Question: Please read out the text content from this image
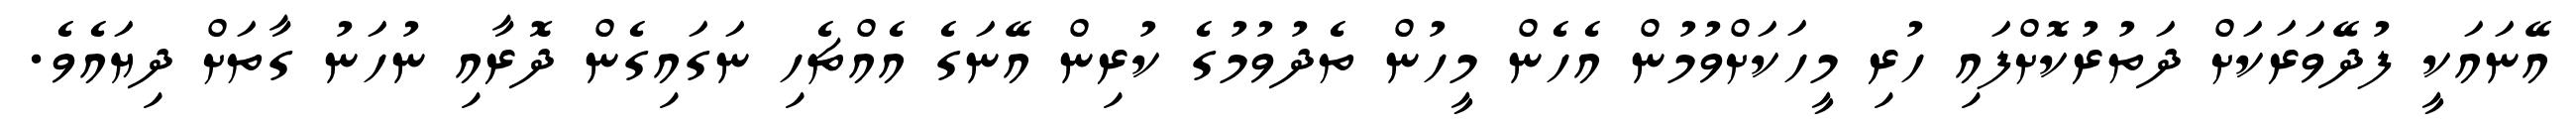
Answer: އޭނައަކީ ފުދޭވަރަކަށް ދަތުރުކޮށްފައި ހުރި މީހަކަށްވުމުން އެހެން މީހުން ތެދުވުމުގެ ކުރިން އޭނަގެ އެއްޗެހި ނަގައިގެން ދޮރާއި ނުހަނު ގާތަށް ދިޔައެވެ.